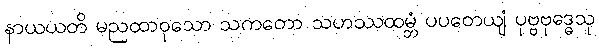
နာယယတိ မညထာဝုသော သကတော သဟဿထမ္ဘံ ပပတေယျံ ပုဗ္ဗဗုဒ္ဓေသု